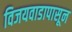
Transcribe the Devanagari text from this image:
विजयवाडापासून